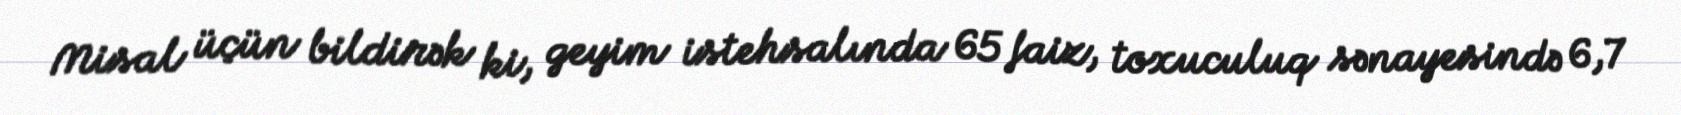
Misal üçün bildirək ki, geyim istehsalında 65 faiz, toxuculuq sənayesində 6,7